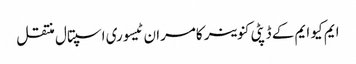
ایم کیو ایم کے ڈپٹی کنوینر کامران ٹیسوری اسپتال منتقل